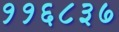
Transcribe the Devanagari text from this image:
११६८३७